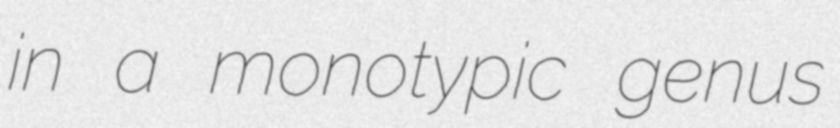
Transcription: in a monotypic genus